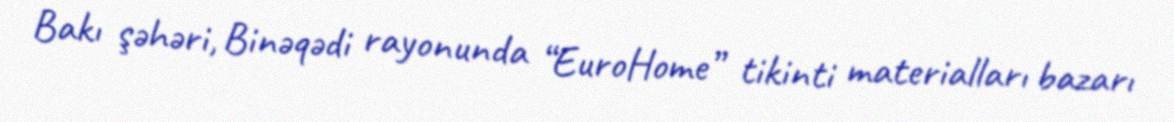
Bakı şəhəri, Binəqədi rayonunda “EuroHome” tikinti materialları bazarı